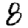
Digit: 8